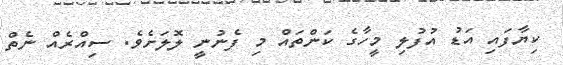
ކިޔާފައި އަޑު އުފުލި މީހާގެ ކަންތައް މި ފެނުނީ ލޮލަށެވެ. ސިއްރެއް ނެތް